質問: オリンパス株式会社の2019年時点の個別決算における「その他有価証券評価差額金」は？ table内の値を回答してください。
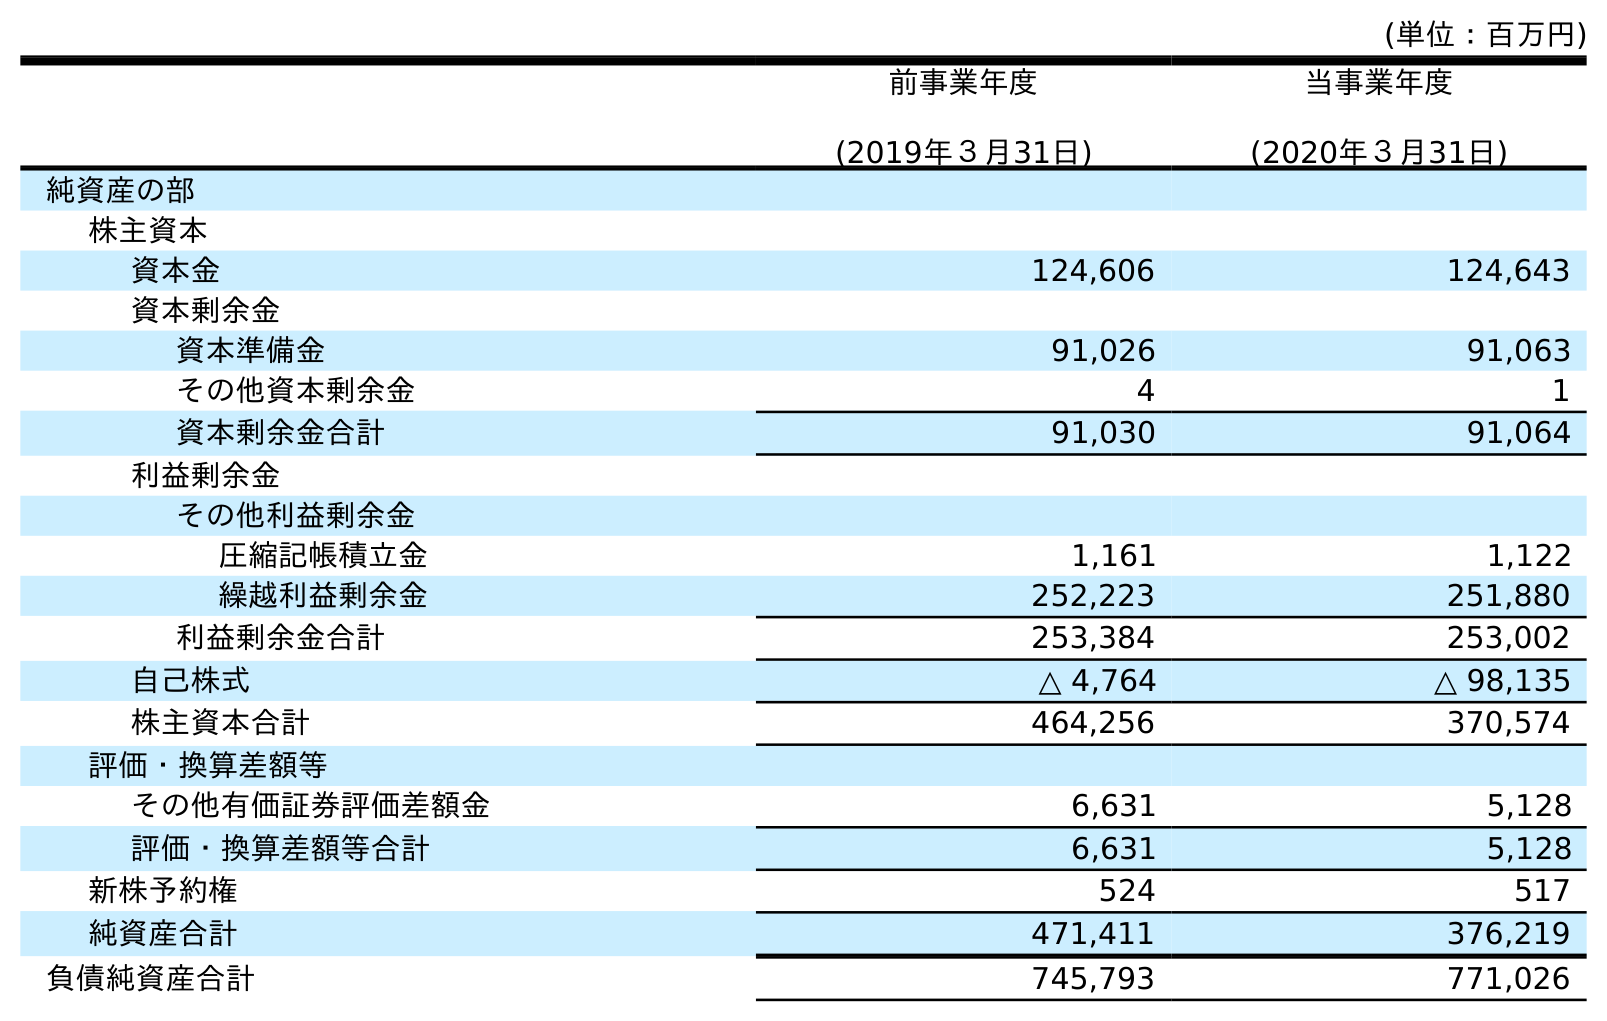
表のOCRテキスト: (単位：百万円) 前事業年度 (2019年３月31日) 当事業年度 (2020年３月31日) 純資産の部 株主資本 資本金 124,606 124,643 資本剰余金 資本準備金 91,026 91,063 その他資本剰余金 4 1 資本剰余金合計 91,030 91,064 利益剰余金 その他利益剰余金 圧縮記帳積立金 1,161 1,122 繰越利益剰余金 252,223 251,880 利益剰余金合計 253,384 253,002 自己株式 △ 4,764 △ 98,135 株主資本合計 464,256 370,574 評価・換算差額等 その他有価証券評価差額金 6,631 5,128 評価・換算差額等合計 6,631 5,128 新株予約権 524 517 純資産合計 471,411 376,219 負債純資産合計 745,793 771,026
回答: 6,631